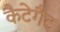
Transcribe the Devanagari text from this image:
कैटेगैट